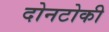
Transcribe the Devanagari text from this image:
दोनटोकी